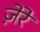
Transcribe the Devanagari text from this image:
ज़ेरे